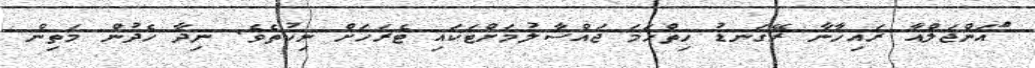
ްައަންޖަލްއާ ރައިހާނާ ރޭގަނޑު ހިތްހަމަ ޖައްސާލުމަށްޓަކައި ޓެރަހަށް ނިކުތެވެ. ނިދާ ހެދުން މަތިން